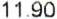
11.90